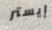
إيستر